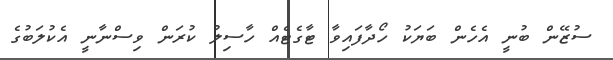
ސުޒޭން ބުނީ އެހެން ބަޔަކު ހޯދާފައިވާ ޓާގެޓެއް ހާސިލު ކުރަން ވިސްނާނީ އެކުލަބުގެ